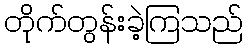
တိုက်တွန်းခဲ့ကြသည်